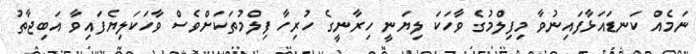
ނަމެއް ކަނޑައަޅާފައިނުވާ މިފިލްމުގެ ވާހަކަ ލިޔަނީ ހިރާނީގެ ހުރިހާ ފިލްމުތަކަށްވެސް ވާހަކަލިޔެފައިވާ އަބިޖާތު